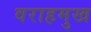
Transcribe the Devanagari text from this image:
वराहमुख